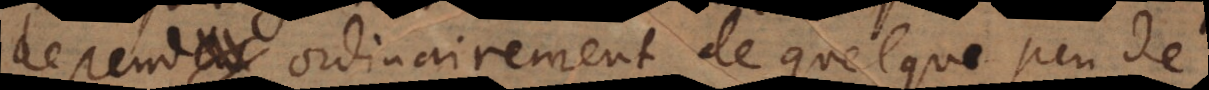
depend ordinairement de quelque peu de